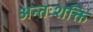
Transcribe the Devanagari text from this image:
अन्तःशक्ति